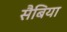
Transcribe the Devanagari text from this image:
सैबिया